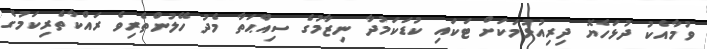
ވުމާއެކު ދުޅަހެޔޮ ދިރިއުޅުމަކަށް ޓަކައި ކުޑަކަމުދާ ނިޒާމުގެ ސިއްޙަތާ މެދު ހޭލުންތެރިވެ ރައްކާތެރިކަމުގެ